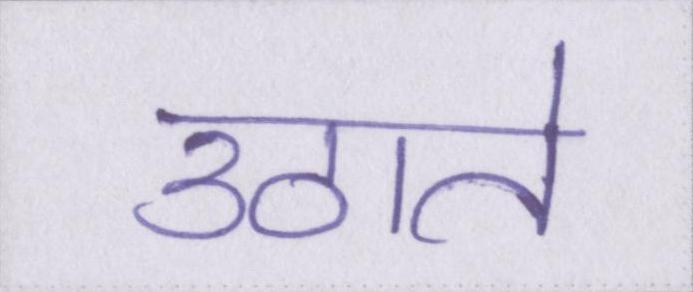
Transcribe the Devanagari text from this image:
उठाते